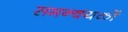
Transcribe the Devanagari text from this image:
समन्वयकों